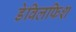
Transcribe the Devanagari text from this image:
डेविलफिश